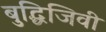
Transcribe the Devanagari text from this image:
बुद्धिजिवी